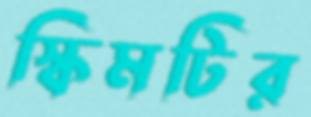
স্কিমটির